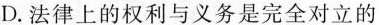
D.法律上的权利与义务是完全对立的